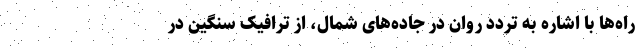
راه‌ها با اشاره به تردد روان در جاده‌های شمال، از ترافیک سنگین در